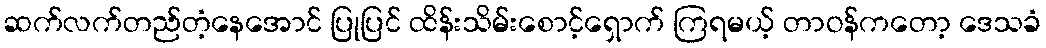
ဆက်လက်တည်တံ့နေအောင် ပြုပြင် ထိန်းသိမ်းစောင့်ရှောက် ကြရမယ့် တာဝန်ကတော့ ဒေသခံ